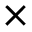
\times